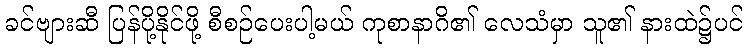
ခင်ဗျားဆီ ပြန်ပို့နိုင်ဖို့ စီစဉ်ပေးပါ့မယ် ကုစာနာဂိ၏ လေသံမှာ သူ၏ နားထဲ၌ပင်